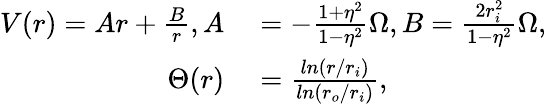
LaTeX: \begin{array}{rl}{V(r)=Ar+\frac{B}{r},A}&{{}=-\frac{1+\eta^{2}}{1-\eta^{2}}\Omega,B=\frac{2r_{i}^{2}}{1-\eta^{2}}\Omega,}\\ {\Theta(r)}&{{}=\frac{ln(r/r_{i})}{ln(r_{o}/r_{i})},}\end{array}